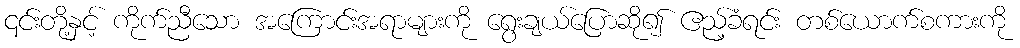
၎င်းတို့နှင့် ကိုက်ညီသော အကြောင်းအရာများကို ရွေးချယ်ပြောဆို၍ ဧည့်ခံရင်း တစ်ယောက်စကားကို